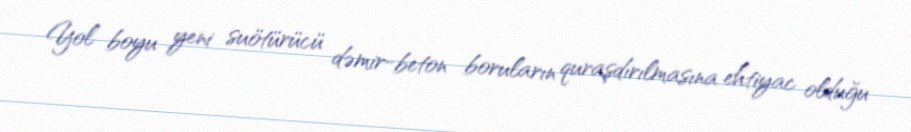
Yol boyu yeni suötürücü dəmir-beton boruların quraşdırılmasına ehtiyac olduğu